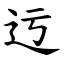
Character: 迃